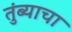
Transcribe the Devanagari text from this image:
तुंब्याचा